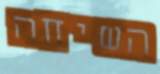
השיחה